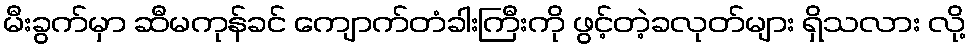
မီးခွက်မှာ ဆီမကုန်ခင် ကျောက်တံခါးကြီးကို ဖွင့်တဲ့ခလုတ်များ ရှိသလား လို့